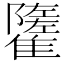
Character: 𩁌